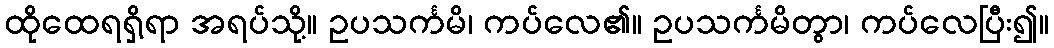
ထိုထေရရှိ့ရာ အရပ်သို့။ ဥပသင်္ကမိ၊ ကပ်လေ၏။ ဥပသင်္ကမိတွာ၊ ကပ်လေပြီး၍။